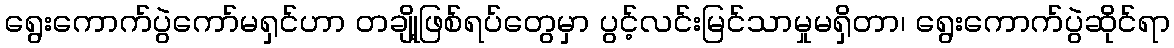
ရွေးကောက်ပွဲကော်မရှင်ဟာ တချို့ဖြစ်ရပ်တွေမှာ ပွင့်လင်းမြင်သာမှုမရှိတာ၊ ရွေးကောက်ပွဲဆိုင်ရာ